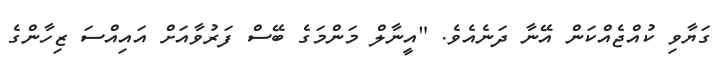
ގަޔާވި ކުއްޖެއްކަން އޭނާ ދަނެއެވެ. "އީނާލް މަންމަގެ ބޭސް ފަރުވާއަށް އައިއްސަ ޒިހާންގެ